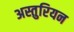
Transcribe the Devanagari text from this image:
अस्तुरियन